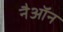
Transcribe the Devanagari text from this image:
नैऑन